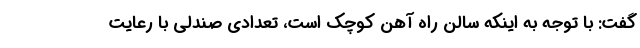
گفت: با توجه به اینکه سالن راه آهن کوچک است، تعدادی صندلی با رعایت